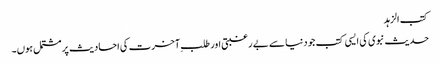
کتب الزہد
حدیث نبوی کی ایسی کتب جو دنیا سے بے رغبتی اور طلبِ آخرت کی احادیث پر مشتمل ہوں۔